Report on the administration of the Government Cinchona Department 1892-98
Year: 1892
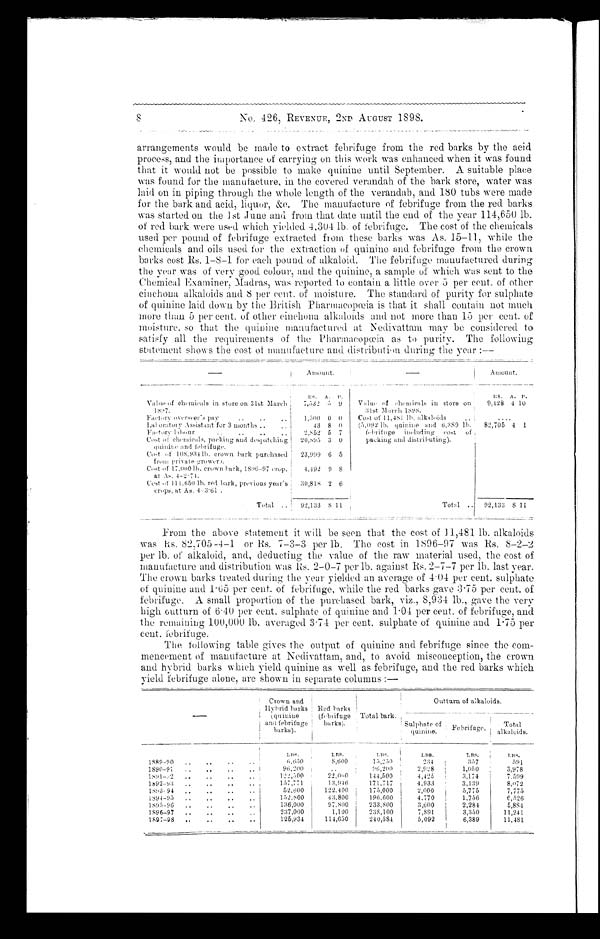
8
No. 426, REVENUE, 2ND AUGUST 1898.
arrangements would be made to extract febrifuge from the red barks by the acid
process, and the importance of carrying on this work was enhanced when it was found
that it would not be possible to make quinine until September. A suitable place
was found for the manufacture, in the covered verandah of the bark store, water was
laid on in piping through the whole length of the verandah, and 180 tubs were made
for the bark and acid, liquor, &c. The manufacture of febrifuge from the red barks
was started on the 1st June and from that date until the end of the year 114,650 lb.
of red bark were used which yielded 4,304 lb. of febrifuge. The cost of the chemicals
used per pound of febrifuge extracted from these barks was As. 15-11, while the
chemicals and oils used for the extraction of quinine and febrifuge from the crown
barks cost Rs. 1-8-1 for each pound of alkaloid. The febrifuge manufactured during
the year was of very good colour, and the quinine, a sample of which was sent to the
Chemical Examiner, Madras, was reported to contain a little over 5 per cent. of other
cinchona alkaloids and 8 per cent. of moisture. The standard of purity for sulphate
of quinine laid down by the British Pharmacopœia is that it shall contain not much
more than 5 per cent. of other cinehona alkaloids and not more than 15 per cent. of
moisture, so that the quinine manufactured at Nedivattam may be considered to
satisfy all the requirements of the Pharmacopœia as to purity. The following
statement shows the cost of manufacture and distribution during the year :—
Amount.
Amount.
RS.
A. P.
R.S.
A. P.
Value, of chemicals in store on 31st March
1 8 9 7 .
7,532 5 9
Value of chemicals in store on
31st March 1898.
9,428 4 10
Factory overseer's pay
1,500 0 0
Cost of 11,481 lb. alkaloids.
Laboratory Assistant for 3 months
43 8 0
(5,092 lb. quinine and 6,389 lb.
82,705 4 1
F a c t o r y
l a b o u r
2,852 5 7
febrifuge
including cost of
Cost of chemicals, packing and despatching
quinine and febrifuge
20,895 3 0
packing and distributing).
Cost of 108.934 lb crown bark purchased
from Private growers.
23,999 6 5
Cost of 17.000 lb. crown bark, 1896-97 crop,
at As.4-2.71.
4.492 9 8
Cost of 111,650 lb. red bark, previous year's
crops, at As. 4-3-61.
30,813 2 6
Total
92,133
.
8 11
Total
32,133
8 11
From the above statement it will be seen that the cost of 11,481 lb. alkaloids
was Rs. 82,705-4-1 or Rs. 7-3-3 per lb. The cost in 1596-97 was Rs. 8-2-2
per lb. of alkaloid, and, deducting the value of the raw material used, the cost of
manufacture and distribution was 2-0-7 per lb. against Rs. 2-7-7 per lb. last year.
The crown barks treated during the Year yielded an average of 4 . 04 per cent. sulphate
of quinine and 1 . 65 per cent. of febrifuge, while the red barks gave 3 . 75 per cent. of
febrifuge. A small proportion of the purehased bark, viz., 8,934 lb., gave the very
high outturn of 6 . 40 per cent, sulphate of quinine and 1 . 04 per cent. of febrifuge, and
the remaining 100,000 lb. averaged 3 . 74 per cent. sulphate of quinine and 1 . 75 per
cent. febrifuge.
The following table gives the output of quinine and febrifuge since the com
- m e n c e m e n t o f m a n u f a c t u r e a t N e d i v a t t a m , a n d , t o a v o i d m i s c o n c e p t i o n , t h e c r o w n
and hybrid barks which yield quinine as well as febrifuge, and the red barks which
yield febrifuge alone, are shown in separate columns :—
Crown and
Hybrid barks
(quinine
and febrifuge
barks)
Red barks
(febbrifuge -
barks).
T o t a l b a r k
Outturn of alkaloids.
Sulphate of
quinine.
Febrifuge
Total
alkaloids.
LRS.
LRS.
LRS.
LRS.
LRS.
LRS.
1889-90
6,650
8,600
15,250
234
357
591
1890-91
96,200
96,200
2,928
1,050
3,978
1891-92
122,500
22,000
144,500
4,425
3,174
7.599
1692-93
157,771
13,946
171,717
4,933
3.139
8,072
1893- 94
52,600
122.400
173,000
2,000
5,775
7,775
1594-93
152.800 I
43,800
196.600
4.770
1,756
6,526
1595-96
136,000
97.800
233.800
3,600
2,284
5,834
1896-97
237,000
1,100
235,100
7,891
3,350
11,241
1897-98
125,934
114,650
240,584
5,092
6,389
11,481